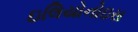
ઇલિયોનોઇસ